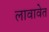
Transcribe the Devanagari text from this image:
लावावेत